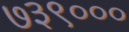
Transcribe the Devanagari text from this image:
७३९०००